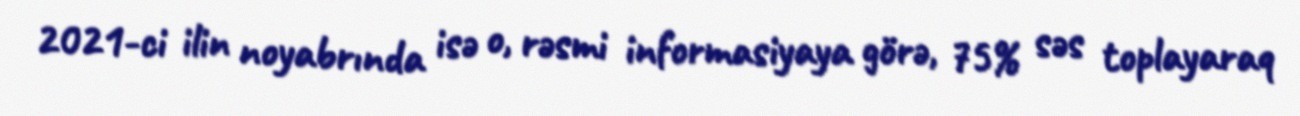
2021-ci ilin noyabrında isə o, rəsmi informasiyaya görə, 75% səs toplayaraq